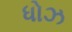
ધોઝ